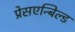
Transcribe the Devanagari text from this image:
प्रेसएन्बिल्ड